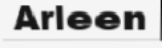
Arleen